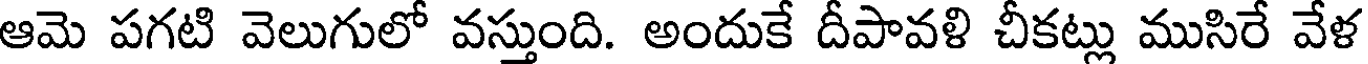
ఆమె పగటి వెలుగులో వస్తుంది. అందుకే దీపావళి చీకట్లు ముసిరే వేళ